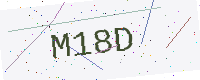
Text: M18D